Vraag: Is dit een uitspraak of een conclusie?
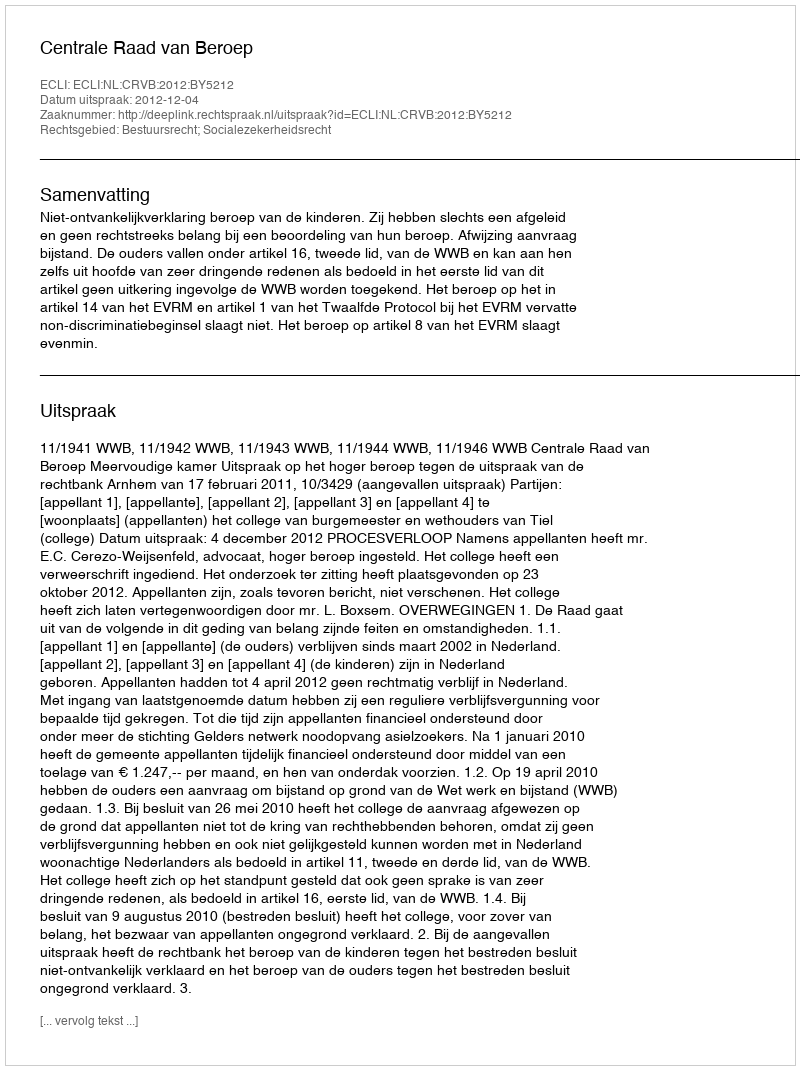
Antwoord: Uitspraak